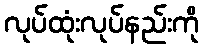
လုပ်ထုံးလုပ်နည်းကို